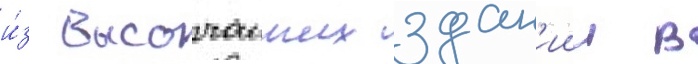
и́з высочаиших здан'ии в